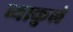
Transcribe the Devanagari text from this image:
व्याकुलं